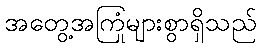
အတွေ့အကြုံများစွာရှိသည်